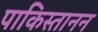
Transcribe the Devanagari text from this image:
पाकिस्तानन